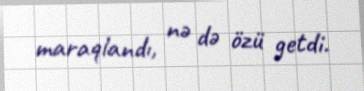
maraqlandı, nə də özü getdi.